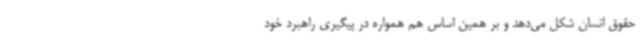
حقوق انسان شکل می‌دهد و بر همین اساس هم همواره در پیگیری راهبرد خود